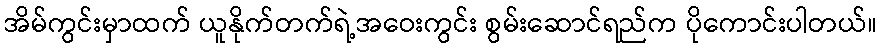
အိမ်ကွင်းမှာထက် ယူနိုက်တက်ရဲ့အဝေးကွင်း စွမ်းဆောင်ရည်က ပိုကောင်းပါတယ်။